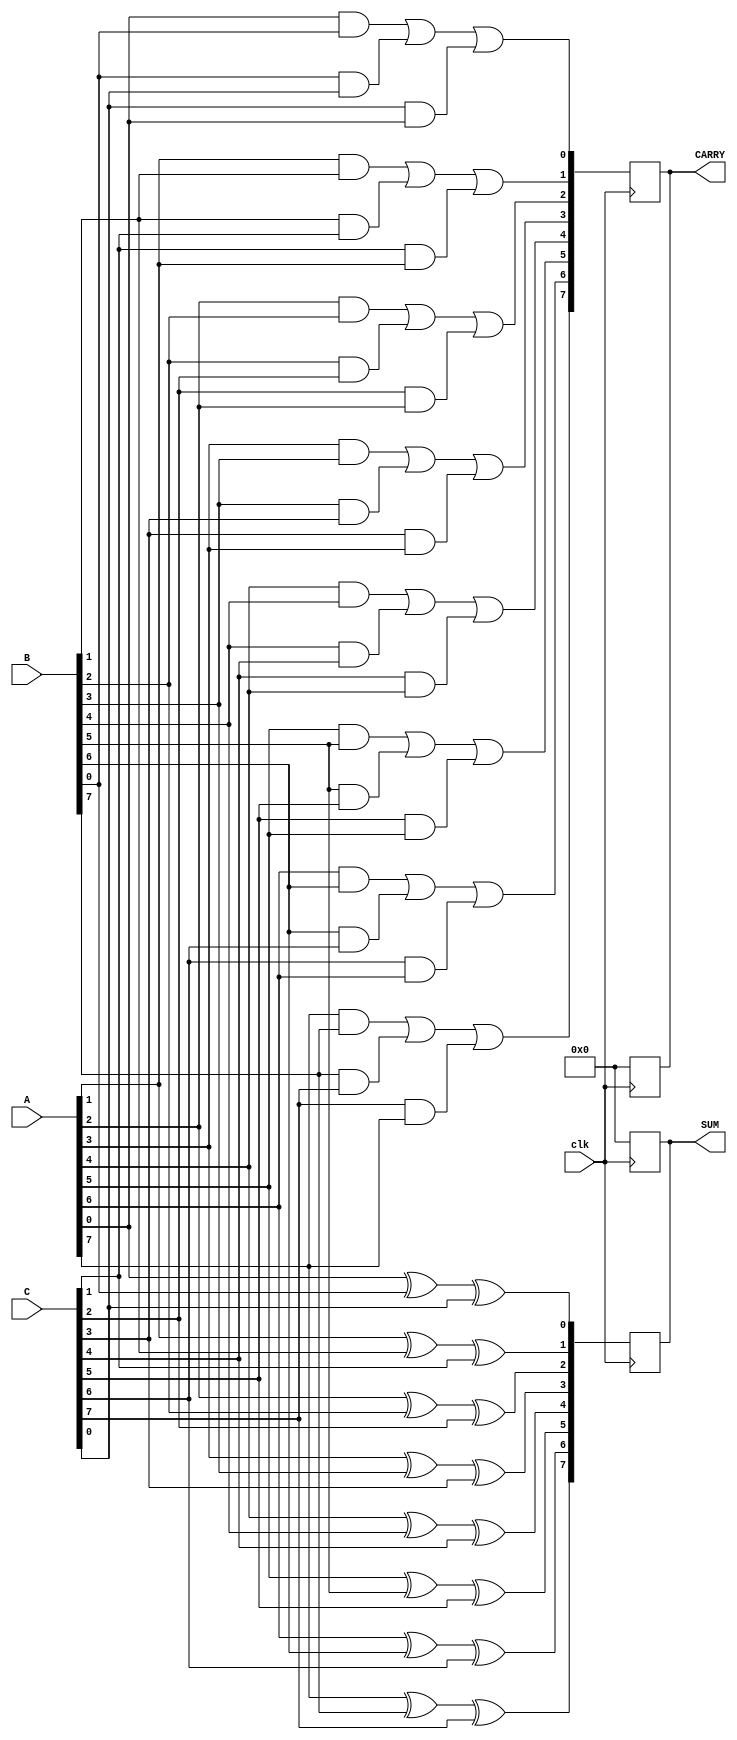
module DynamicCarrySaveAdder #(parameter WIDTH = 8) (
    input  wire [WIDTH-1:0] A, // First operand
    input  wire [WIDTH-1:0] B, // Second operand
    input  wire [WIDTH-1:0] C, // Third operand
    input  wire clk,           // Clock signal
    output reg [WIDTH-1:0] SUM, // Sum output
    output reg [WIDTH-1:0] CARRY // Carry output
);

    // Internal wires for carry and sum from full adders
    wire [WIDTH-1:0] sum_temp;
    wire [WIDTH-1:0] carry_temp;

    // Full Adder Logic for three inputs
    generate
        genvar i;
        for (i = 0; i < WIDTH; i = i + 1) begin : FA
            // Full adder for each bit
            assign sum_temp[i] = A[i] ^ B[i] ^ C[i]; // Sum output
            assign carry_temp[i] = (A[i] & B[i]) | (B[i] & C[i]) | (C[i] & A[i]); // Carry output
        end
    endgenerate

    // Dynamic logic precharge and evaluate phases
    always @(posedge clk) begin
        // Precharge phase (assumed here as a reset for simplicity)
        SUM <= 0;
        CARRY <= 0;
    end

    always @(posedge clk) begin
        // Evaluate phase
        SUM <= sum_temp;
        CARRY <= carry_temp;
    end

endmodule